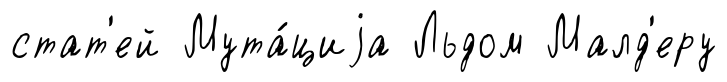
стат'ей Мута́циjа Льдом Малд'еру